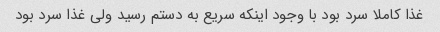
غذا کاملا سرد بود با وجود اینکه سریع به دستم رسید ولی غذا سرد بود